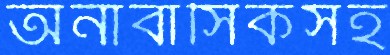
অনাবাসিকসহ